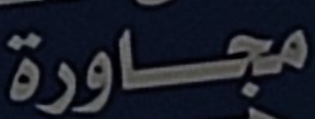
مجاورة